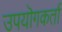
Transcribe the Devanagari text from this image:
उपयॊगकर्ता